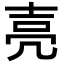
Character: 𡔧